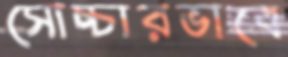
সোচ্চারভাবে